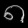
Digit: ၈